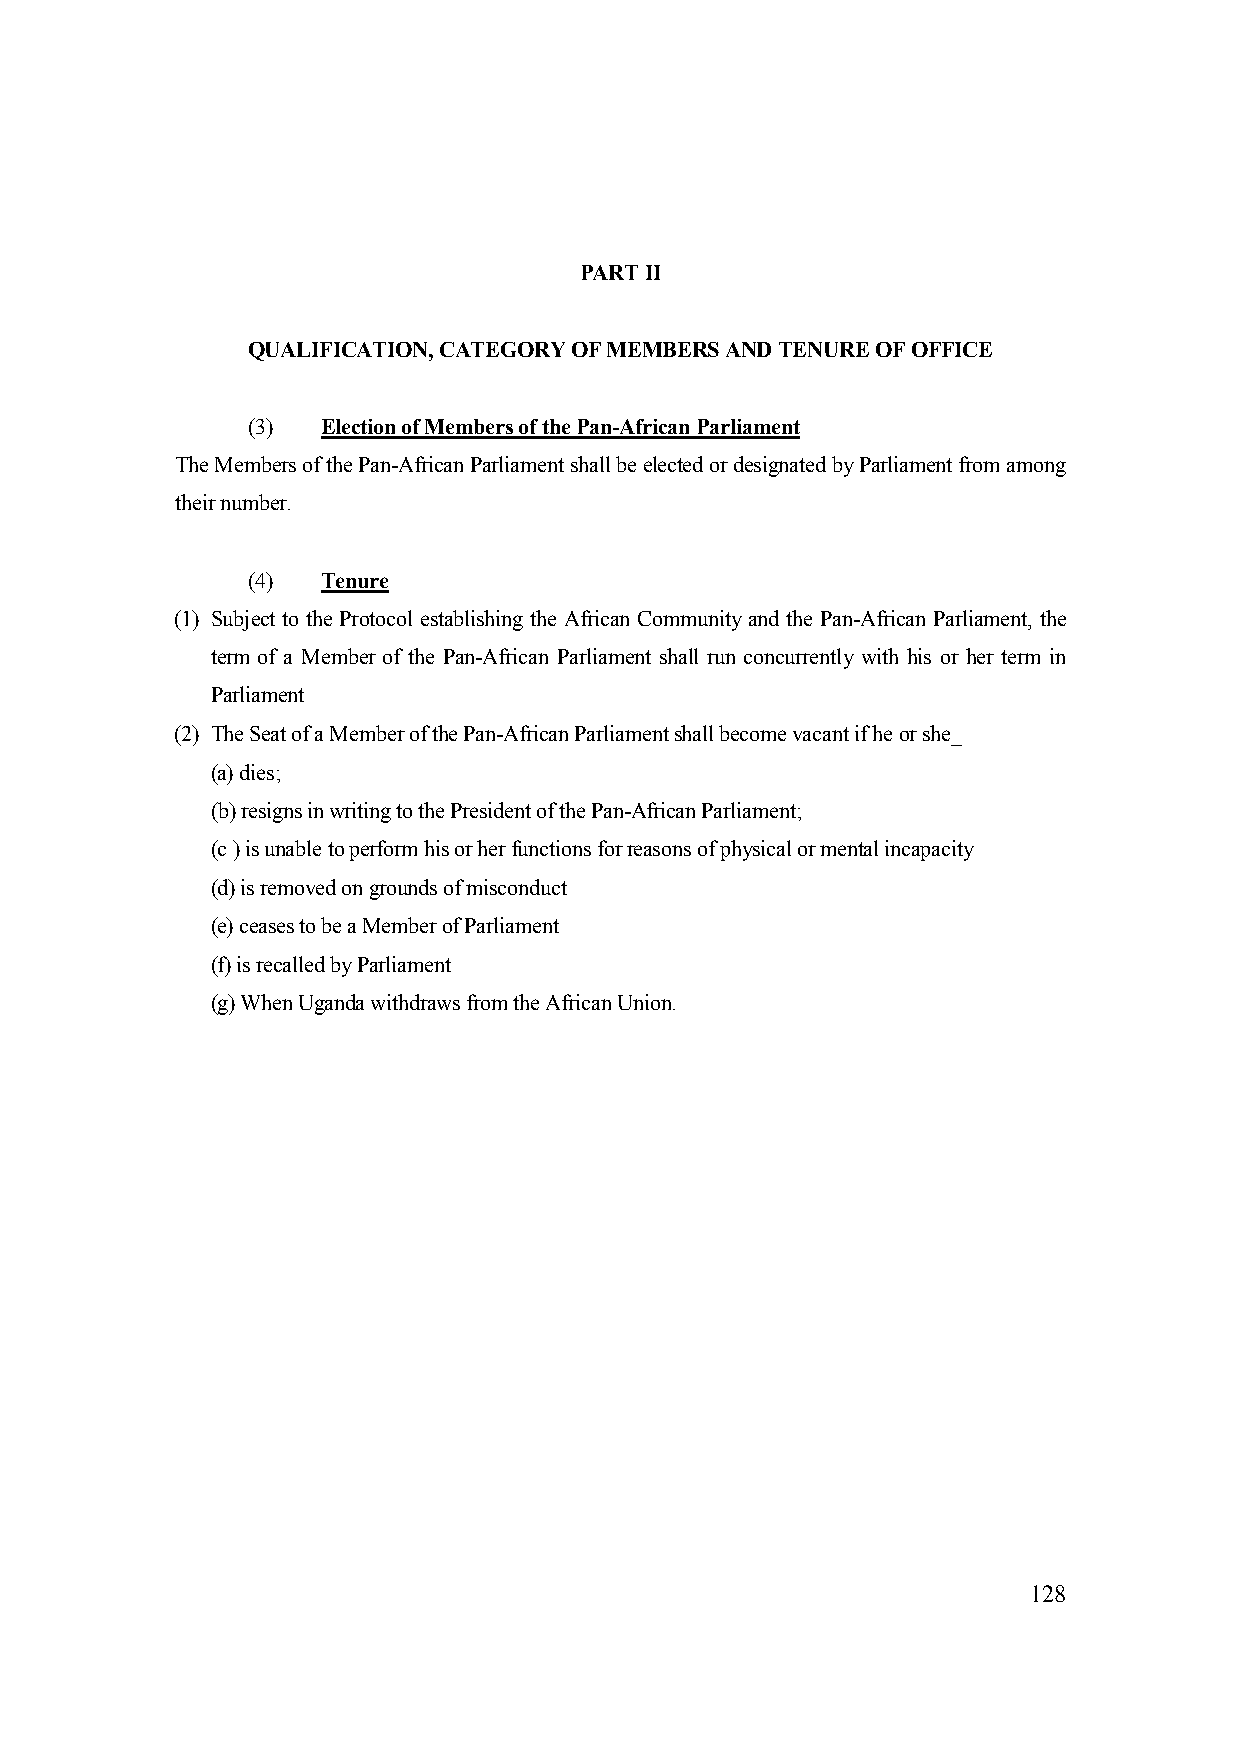
PART II
 QUALIFICATION, CATEGORY OF MEMBERS AND TENURE OF OFFICE
 (3)  Election of Members of the Pan-African Parliament
 The Members of the Pan-African Parliament shall be elected or designated by Parliament from among
 their number.
 (4)  Tenure
 (1) Subject to the Protocol establishing the African Community and the Pan-African Parliament, the
 term of a Member of the Pan-African Parliament shall run concurrently with his or her term in
 Parliament
 (2) The Seat of a Member of the Pan-African Parliament shall become vacant if he or she_
 (a) dies;
 (b) resigns in writing to the President of the Pan-African Parliament;
 (c ) is unable to perform his or her functions for reasons of physical or mental incapacity
 (d) is removed on grounds of misconduct
 (e) ceases to be a Member of Parliament
 (f) is recalled by Parliament
 (g) When Uganda withdraws from the African Union.
 128